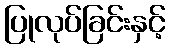
ပြုလုပ်ခြင်းနှင့်